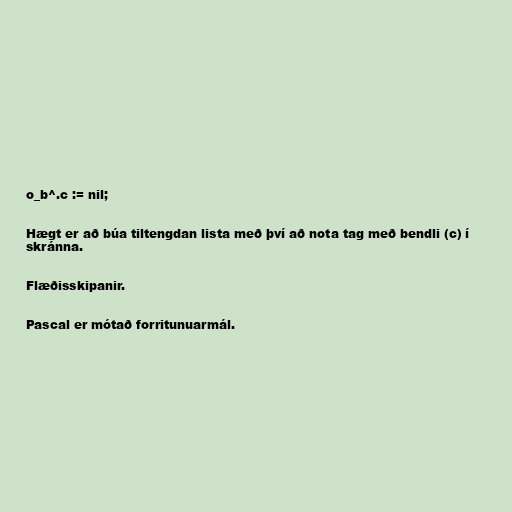
o_b^.c := nil;

Hægt er að búa tiltengdan lista með því að nota tag með bendli (c) í
skránna.

Flæðisskipanir.

Pascal er mótað forritunuarmál.